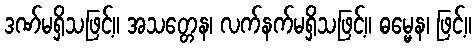
ဒဏ်မရှိသဖြင့်။ အသတ္တေန၊ လက်နက်မရှိသဖြင့်။ ဓမ္မေန၊ ဖြင့်။